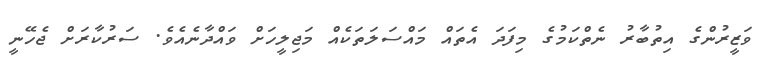
ވަޒީރުންގެ އިތުބާރު ނެތްކަމުގެ މިފަދަ އެތައް މައްސަލަތަކެއް މަޖިލީހަށް ވައްދާނެއެވެ. ސަރުކާރަށް ޖެހޭނީ